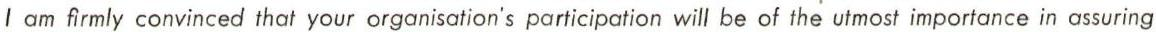
I am firmly convinced that your organisation's participation will be of the utmost importance in assuring